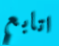
اتابع